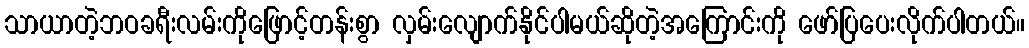
သာယာတဲ့ဘဝခရီးလမ်းကိုဖြောင့်တန်းစွာ လှမ်းလျောက်နိုင်ပါမယ်ဆိုတဲ့အကြောင်းကို ဖော်ပြပေးလိုက်ပါတယ်။